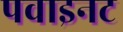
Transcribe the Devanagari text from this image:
पवाइनट